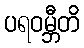
ပရဝမ္ဘီတိ